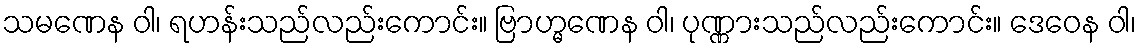
သမဏေန ဝါ၊ ရဟန်းသည်လည်းကောင်း။ ဗြာဟ္မဏေန ဝါ၊ ပုဏ္ဏားသည်လည်းကောင်း။ ဒေဝေန ဝါ၊